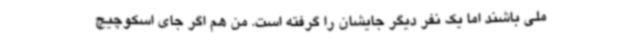
ملی باشند اما یک نفر دیگر جایشان را گرفته است. من هم اگر جای اسکوچیچ